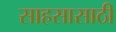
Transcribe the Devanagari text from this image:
साहसासाठी